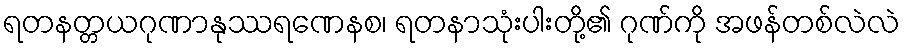
ရတနတ္တယဂုဏာနုဿရဏေနစ၊ ရတနာသုံးပါးတို့၏ ဂုဏ်ကို အဖန်တစ်လဲလဲ